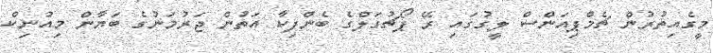
މީގެއިތުރުން ޗެމްޕިއަންސް ލީގުގައި ރޭ ޕޯޗުގަލްގެ ބެންފިކާ އަތުން ޖަރުމަނުގެ ބަޔާން މިއުނިކް